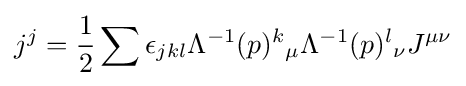
j^{j}={\frac {1}{2}}\sum \epsilon _{jkl}\Lambda ^{-1}(p)^{k}{}_{\mu }\Lambda ^{-1}(p)^{l}{}_{\nu }J^{\mu \nu }